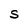
Character: S